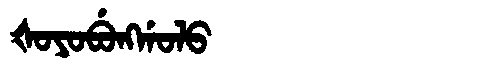
Manchu: ᡧᠣᠶᠣᠪᡠᠩᡤᠣᠯᠣ
Romanization: ŠOYOBUNGGOLO